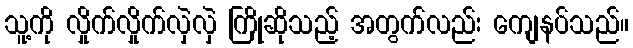
သူ့ကို လှိုက်လှိုက်လှဲလှဲ ကြိုဆိုသည့် အတွက်လည်း ကျေနပ်သည်။